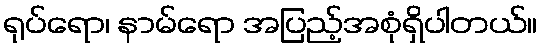
ရုပ်ရော၊ နာမ်ရော အပြည့်အစုံရှိပါတယ်။